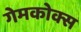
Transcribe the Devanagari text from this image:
गेमकोक्स